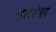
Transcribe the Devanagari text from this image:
शब्दसंचय